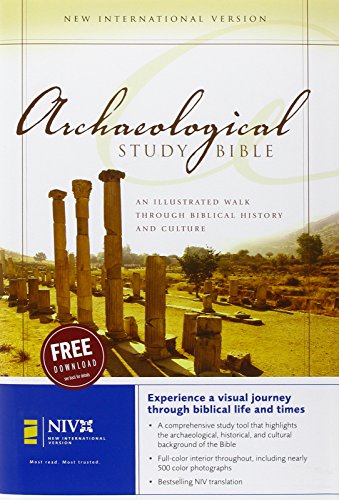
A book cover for NIV Archaeological Study Bible: An Illustrated Walk Through Biblical History and Culture; Science & Math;